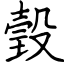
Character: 瑴